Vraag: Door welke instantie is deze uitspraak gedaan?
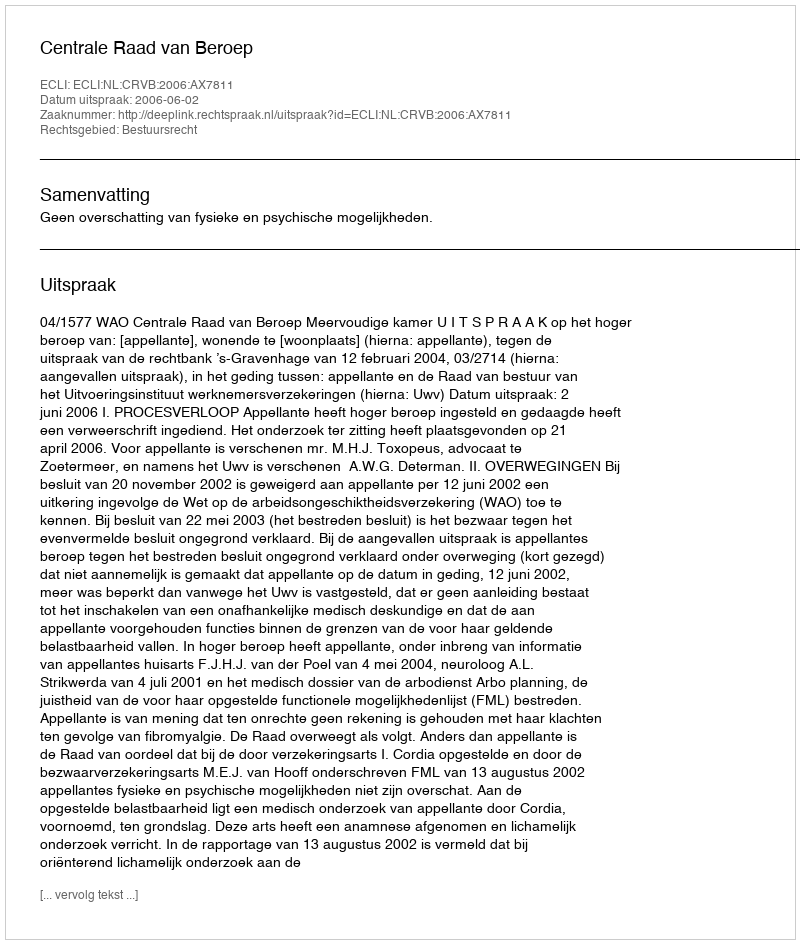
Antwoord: Centrale Raad van Beroep